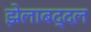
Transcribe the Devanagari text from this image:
झेलाबद्दल